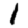
Digit: 1